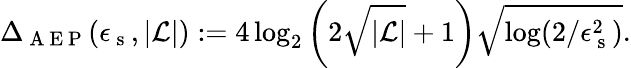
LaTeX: \Delta_{\mathrm{~A~E~P~}}(\epsilon_{\mathrm{~s~}},|\mathcal{L}|):=4\log_{2}\left(2\sqrt{|\mathcal{L}|}+1\right)\sqrt{\log(2/\epsilon_{\mathrm{~s~}}^{2})}.